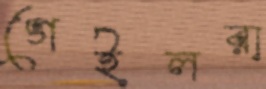
গেইলরা